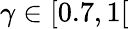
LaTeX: \gamma\in[0.7,1[